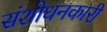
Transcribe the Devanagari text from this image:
संशोधनकारी